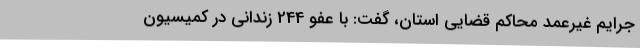
جرایم غیرعمد محاکم قضایی استان، گفت: با عفو 244 زندانی در کمیسیون